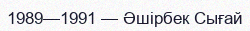
1989—1991 — Әшірбек Сығай